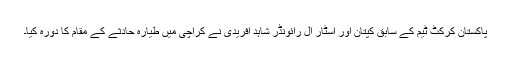
پاکستان کرکٹ ٹیم کے سابق کپتان اور اسٹار آل رائونڈر شاہد آفریدی نے کراچی میں طیارہ حادثے کے مقام کا دورہ کیا۔